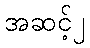
အဆင့်၂